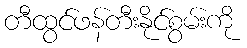
တီထွင်ဖန်တီးနိုင်စွမ်းကို